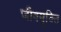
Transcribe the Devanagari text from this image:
जीवमुक्ति